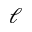
\ell